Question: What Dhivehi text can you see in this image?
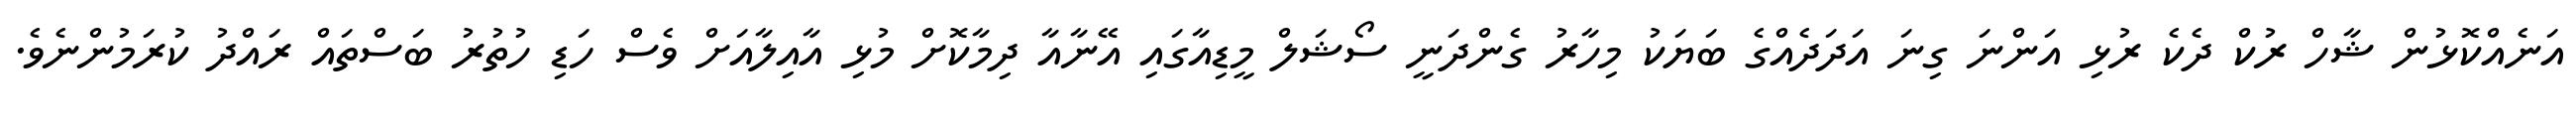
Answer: އަނެއްކޮޅުން ޝާހް ރުކް ދެކެ ރުޅި އަންނަ ގިނަ އަދަދެއްގެ ބަޔަކު މިހާރު ގެންދަނީ ސޯޝަލް މީޑިއާގައި އޭނާއާ ދިމާކޮށް މުޅި އާއިލާއަށް ވެސް ހަޑި ހުތުރު ބަސްތައް ރައްދު ކުރަމުންނެވެ.